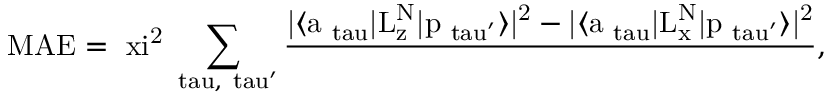
\mathrm { M A E = \ x i ^ { 2 } \sum _ { \ t a u , \ t a u ^ { \prime } } \frac { | \langle a _ { \ t a u } | L _ { z } ^ { N } | p _ { \ t a u ^ { \prime } } \rangle | ^ { 2 } - | \langle a _ { \ t a u } | L _ { x } ^ { N } | p _ { \ t a u ^ { \prime } } \rangle | ^ { 2 } } { \Delta } , }